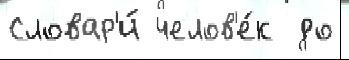
Словар'и́ челов'е́к  до